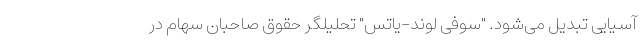
آسیایی تبدیل می‌شود. "سوفی لوند-یاتس" تحلیلگر حقوق صاحبان سهام در